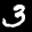
Label: 3